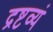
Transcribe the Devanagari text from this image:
द्रष्टव्यं